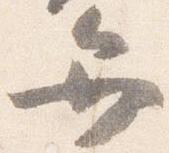
弁